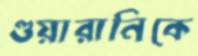
গুয়ারানিকে